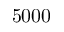
5 0 0 0